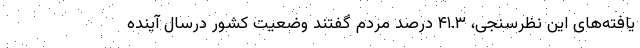
یافته‌های این نظرسنجی، ۴۱.۳ درصد مردم گفتند وضعیت کشور درسال آینده